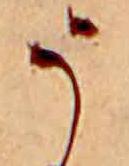
う